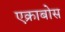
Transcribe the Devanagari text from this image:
एक्राबोस